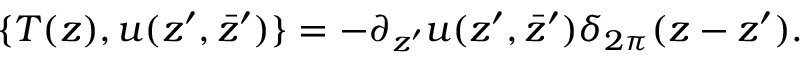
\{ T ( z ) , u ( z ^ { \prime } , \bar { z } ^ { \prime } ) \} = - \partial _ { z ^ { \prime } } u ( z ^ { \prime } , \bar { z } ^ { \prime } ) \delta _ { 2 \pi } ( z - z ^ { \prime } ) .